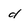
Character: d